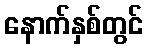
နောက်နှစ်တွင်